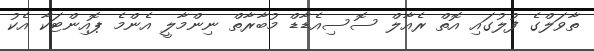
ތާވަލްގެ ފުލުގައި އޮތް ރެއާލް ސޮސިއެޑާޑް މުބާރާތް ނިންމާލީ އެންމެ ޕޮއިންޓަކާ އެކު